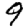
Digit: 9